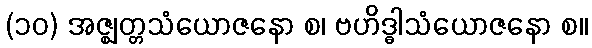
(၁၀) အဇ္ဈတ္တသံယောဇနော စ၊ ဗဟိဒ္ဓါသံယောဇနော စ။